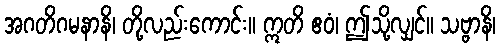
အဂတိဂမနာနိ၊ တို့လည်းကောင်း။ ဣတိ ဧဝံ၊ ဤသို့လျှင်။ သဗ္ဗာနိ၊